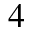
^ { 4 }